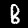
Label: 8